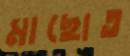
মাছোত